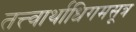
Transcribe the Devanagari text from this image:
तत्त्वार्थाधिगमसूत्र